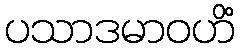
ပသာဒမာဝဟိံ